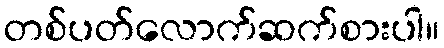
တစ်ပတ်လောက်ဆက်စားပါ။